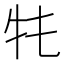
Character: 𤘛